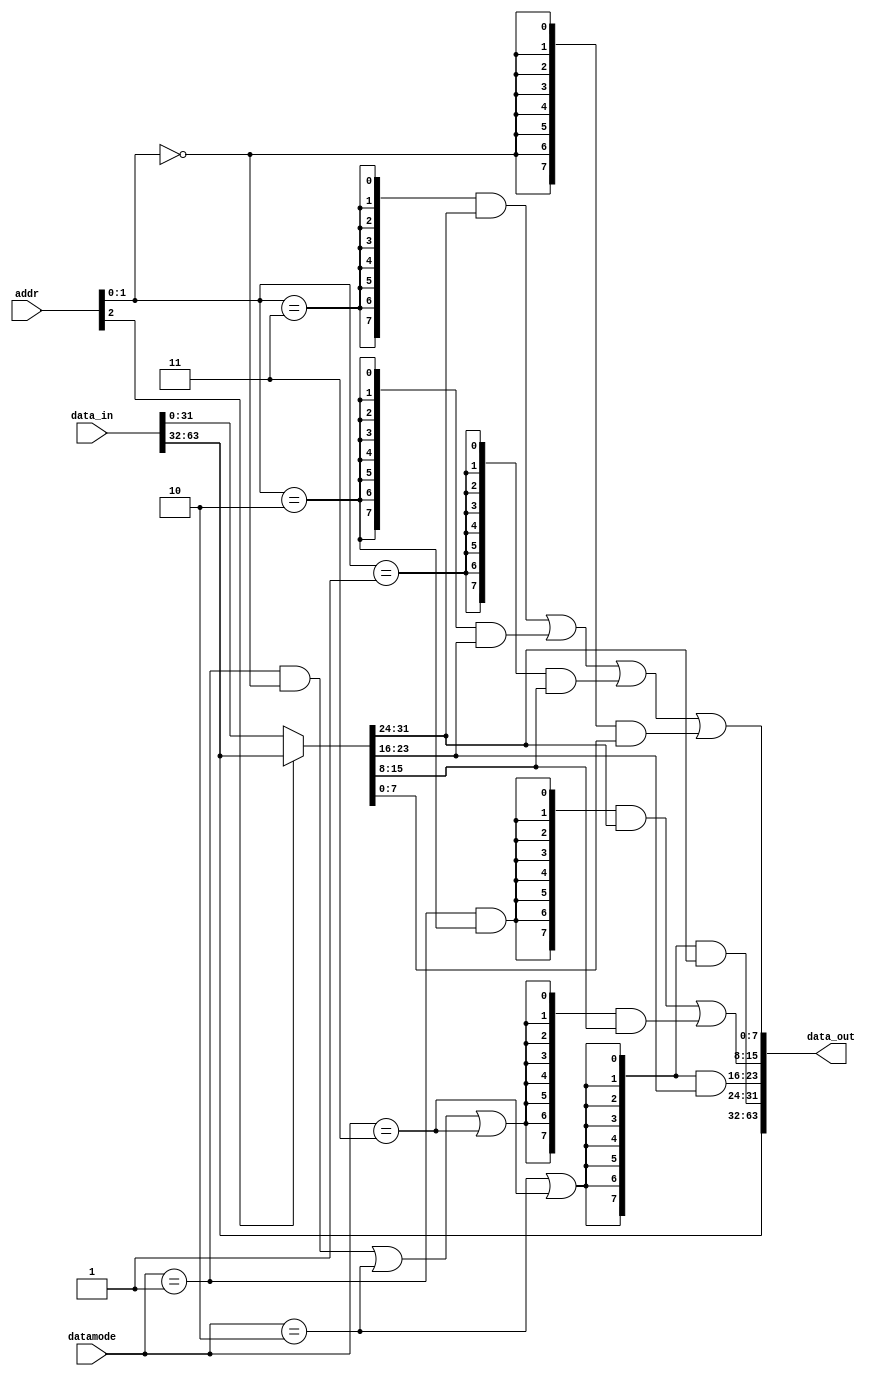
module emesh_rdalign (/*AUTOARG*/
   // Outputs
   data_out,
   // Inputs
   addr, datamode, data_in
   );

   //Inputs
   input [2:0] 	   addr;
   input [1:0] 	   datamode; 	   
   input [63:0]    data_in;

   //Outputs
   output [63:0]   data_out;

   //wires
   wire [3:0]      byte0_sel;
   wire [31:0]     data_mux;
   wire [31:0]     data_aligned;
   wire 	   byte1_sel1;
   wire 	   byte1_sel0;
   wire 	   byte2_en;
   wire 	   byte3_en;
   
   //Shift down high word
   assign data_mux[31:0] = addr[2] ? data_in[63:32] : 
			             data_in[31:0];
      
   //Byte0
   assign    byte0_sel[3] = addr[1:0]==2'b11;
   assign    byte0_sel[2] = addr[1:0]==2'b10;   
   assign    byte0_sel[1] = addr[1:0]==2'b01;
   assign    byte0_sel[0] = addr[1:0]==2'b00;
  
   //Byte1  
   assign    byte1_sel1 = datamode[1:0]==2'b01 & addr[1:0]==2'b10;

   assign    byte1_sel0 = (datamode[1:0]==2'b01 & addr[1:0]==2'b00) |
	                  datamode[1:0]==2'b10                      | 
			  datamode[1:0]==2'b11;
   //Byte2
   assign    byte2_en = datamode[1:0]==2'b10 | 
		        datamode[1:0]==2'b11;
   //Byte3
   assign    byte3_en = datamode[1:0]==2'b10 | 
		        datamode[1:0]==2'b11;
  
   //B0: 32 NANDs,8 NORS
   assign data_aligned[7:0]   = {(8){byte0_sel[3]}} & data_mux[31:24] |
	                        {(8){byte0_sel[2]}} & data_mux[23:16] |
	                        {(8){byte0_sel[1]}} & data_mux[15:8]  |
	                        {(8){byte0_sel[0]}} & data_mux[7:0];
   //B1:
   assign data_aligned[15:8]  = {(8){byte1_sel1}} & data_mux[31:24] |
	                        {(8){byte1_sel0}} & data_mux[15:8];

   //B2: 8 NANDS
   assign data_aligned[23:16] = {(8){byte2_en}} & data_mux[23:16];
   
   //B3: 
   assign data_aligned[31:24] = {(8){byte3_en}} & data_mux[31:24];

   //lower 32 bits
   assign data_out[31:0]      = data_aligned[31:0];

   //Upper 32 bits are pass through
   assign data_out[63:32]     = data_in[63:32];

endmodule